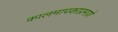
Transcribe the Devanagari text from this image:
कालमापकाप्रमाणे